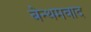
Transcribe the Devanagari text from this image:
बेन्थमवाद